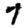
Digit: 7